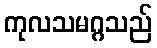
ကုလသမဂ္ဂသည်